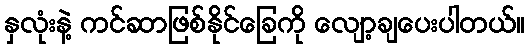
နှလုံးနဲ့ ကင်ဆာဖြစ်နိုင်ခြေကို လျော့ချပေးပါတယ်။